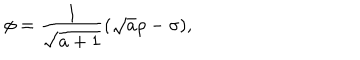
\phi = { \frac { 1 } { \sqrt { a + 1 } } } ( \sqrt { a } \rho - \sigma ) ,